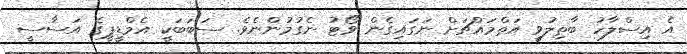
އެ އިސްލާހު ބާތިލުވީ އަތްމައްޗަށް ނަގައިގެން ވޯޓު ނެގުމުންނެވެ. ސަބަބަކީ އެމްޑީޕީގެ އަސާސީ